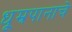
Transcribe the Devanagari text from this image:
धूम्रपानाचे